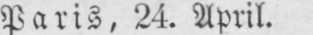
Paris, 24. April.